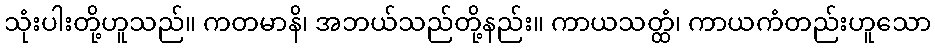
သုံးပါးတို့ဟူသည်။ ကတမာနိ၊ အဘယ်သည်တို့နည်း။ ကာယသတ္ထံ၊ ကာယကံတည်းဟူသော